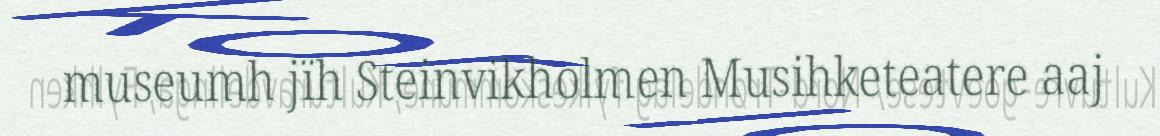
museumh jïh Steinvikholmen Musihketeatere aaj